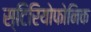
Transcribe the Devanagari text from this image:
स्टिरियोफोनिक